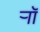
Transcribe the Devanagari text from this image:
र्‍ाॉ